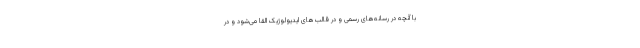
با آنچه در رسانه‌های رسمی و در قالب‌های ایدیولوژیک القا می‌شود و در